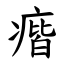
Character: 㾬